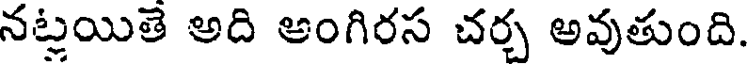
నట్లయితే అది అంగిరస చర్చ అవుతుంది.